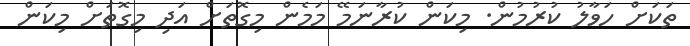
ތަކަށް ހަވާލު ކުރުމުން. މިކަން ކުރާނަމޭ މަމެން މިގޮތަށް އަދި މިގޮތަށް މިކަން